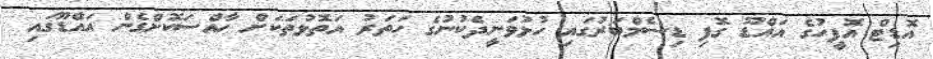
އޮޑިޓް އޮފީހުގެ އައްޑޫ ގޮފި ޑިސެމްބަރުގައި ހުޅުވަނީދެކުނުގެ ހަތަރު އަތޮޅުތަކަށް ހާއްސަކޮށްގެން އައްޑޫގައި